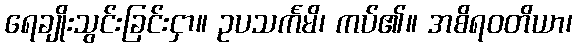
ရေချိုးသွင်းခြင်းငှာ။ ဥပသင်္ကမိ၊ ကပ်၏။ အစိရဝတိယာ၊